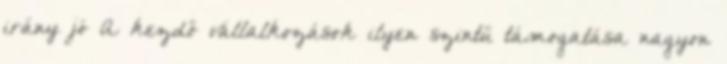
irány jó A kezdő vállalkozások ilyen szintű támogatása nagyon